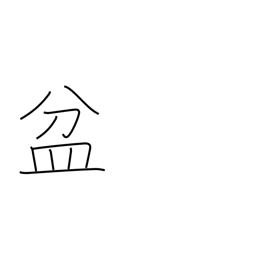
Meaning: basin